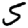
Digit: 5